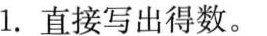
1.直接写出得数。